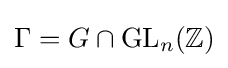
\Gamma =G\cap \mathrm {GL} _{n}(\mathbb {Z} )